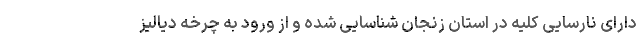
دارای نارسایی کلیه در استان زنجان شناسایی شده و از ورود به چرخه دیالیز